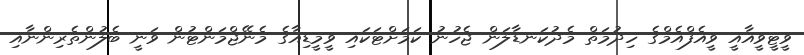
ވީޓީވީއާއީ ވީއެފްއެމްގެ ހިދުމަތް މެދުކަނޑާލަން ޖެހުނު ކަމަށްޓަކައި ވީމީޑިއާގެ މެނޭޖްމަންޓުން ވަނީ ބެލުންތެރިންނާއި